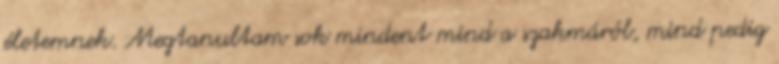
életemnek. Megtanultam sok mindent mind a szakmáról, mind pedig